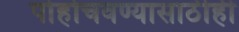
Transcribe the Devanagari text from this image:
पोहोचवण्यासाठीही